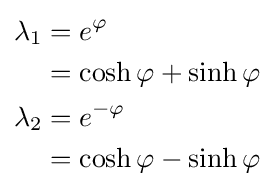
{\begin{aligned}\lambda _{1}&=e^{\varphi }\\&=\cosh \varphi +\sinh \varphi \\\lambda _{2}&=e^{-\varphi }\\&=\cosh \varphi -\sinh \varphi \end{aligned}}